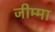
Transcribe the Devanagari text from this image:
जीम्मा